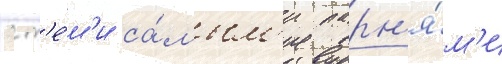
с т'е́м'и са́мым'и парн'я́м'и